Indian journal of veterinary science and animal husbandry - Volumes 15-17, 1948-1951
Year: 1948
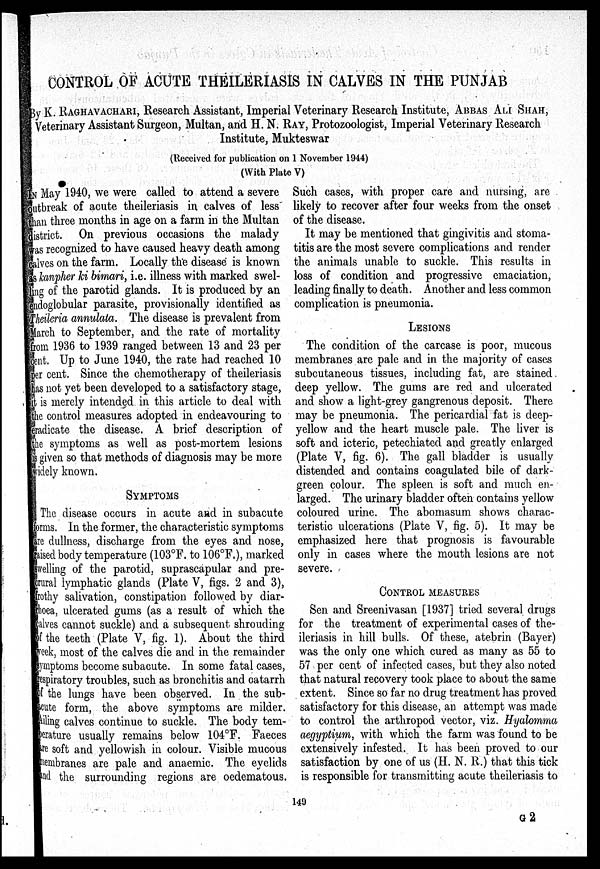
CONTROL OF ACUTE THEILERIASIS IN CALVES IN THE PUNJAB
By K. RAGHAVACHARI, Research Assistant, Imperial Veterinary Research Institute, ABBAS ALI SHAH,
Veterinary Assistant Surgeon, Multan, and H. N. RAY, Protozoologist, Imperial Veterinary Research
Institute, Mukteswar
(Received for publication on 1 November 1944)
(With Plate V)
IN May 1940, we were called to attend a severe
outbreak of acute theileriasis in calves of less
than three months in age on a farm in the Multan
district. On previous occasions the malady
was recognized to have caused heavy death among
calves on the farm. Locally the disease is known
as kanpher ki bimari, i.e. illness with marked swel-
ling of the parotid glands. It is produced by an
endoglobular parasite, provisionally identified as
Theileria annulata. The disease is prevalent from
March to September, and the rate of mortality
from 1936 to 1939 ranged between 13 and 23 per
cent. Up to June 1940, the rate had reached 10
per cent. Since the chemotherapy of theileriasis
has not yet been developed to a satisfactory stage,
it is merely intended in this article to deal with
the control measures adopted in endeavouring to
eradicate the disease. A brief description of
the symptoms as well as post-mortem lesions
is given so that methods of diagnosis may be more
widely known.
SYMPTOMS
The disease occurs in acute and in subacute
forms. In the former, the characteristic symptoms
are dullness, discharge from the eyes and nose,
raised body temperature (103ºF. to 106ºF.), marked
swelling of the parotid, suprascapular and pre-
crural lymphatic glands (Plate V, figs. 2 and 3),
frothy salivation, constipation followed by diar-
rhoea, ulcerated gums (as a result of which the
calves cannot suckle) and a subsequent shrouding
of the teeth (Plate V, fig. 1). About the third
week, most of the calves die and in the remainder
symptoms become subacute. In some fatal cases,
respiratory troubles, such as bronchitis and catarrh
of the lungs have been observed. In the sub-
acute form, the above symptoms are milder.
Ailing calves continue to suckle. The body tem-
perature usually remains below 104ºF. Faeces
are soft and yellowish in colour. Visible mucous
membranes are pale and anaemic. The eyelids
and the surrounding regions are oedematous.
Such cases, with proper care and nursing, are
likely to recover after four weeks from the onset
of the disease.
It may be mentioned that gingivitis and stoma-
titis are the most severe complications and render
the animals unable to suckle. This results in
loss of condition and progressive emaciation,
leading finally to death. Another and less common
complication is pneumonia.
LESIONS
The condition of the carcase is poor, mucous
membranes are pale and in the majority of cases
subcutaneous tissues, including fat, are stained
deep yellow. The gums are red and ulcerated
and show a light-grey gangrenous deposit. There
may be pneumonia. The pericardial fat is deep-
yellow and the heart muscle pale. The liver is
soft and icteric, petechiated and greatly enlarged
(Plate V, fig. 6). The gall bladder is usually
distended and contains coagulated bile of dark-
green colour. The spleen is soft and much en-
larged. The urinary bladder often contains yellow
coloured urine. The abomasum shows charac-
teristic ulcerations (Plate V, fig. 5). It may be
emphasized here that prognosis is favourable
only in cases where the mouth lesions are not
severe.
CONTROL MEASURES
Sen and Sreenivasan [1937] tried several drugs
for the treatment of experimental cases of the-
ileriasis in hill bulls. Of these, atebrin (Bayer)
was the only one which cured as many as 55 to
57 per cent of infected cases, but they also noted
that natural recovery took place to about the same
extent. Since so far no drug treatment has proved
satisfactory for this disease, an attempt was made
to control the arthropod vector, viz. Hyalomma
aegyptium, with which the farm was found to be
extensively infested. It has been proved to our
satisfaction by one of us (H. N. R.) that this tick
is responsible for transmitting acute theileriasis to
149
G2